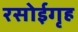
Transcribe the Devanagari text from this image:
रसोईगृह